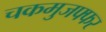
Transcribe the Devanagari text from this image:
चकमुजफ्फर